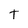
Character: t